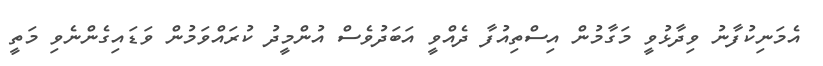
އެމަނިކުފާނު ވިދާޅުވީ މަގާމުން އިސްތިއުފާ ދެއްވީ އަބަދުވެސް އުންމީދު ކުރައްވަމުން ވަޑައިގެންނެވި މަތީ